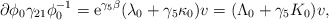
\begin{align*}\partial\phi_0 \gamma_{21}\phi_{0}^{-1} = {\rm e}^{\gamma_5 \beta}(\lambda_0 + \gamma_5 \kappa_0)v = (\Lambda_0 + \gamma_5 K_0) v ,\end{align*}